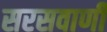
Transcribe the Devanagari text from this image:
सरसवाणी